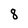
Character: 8